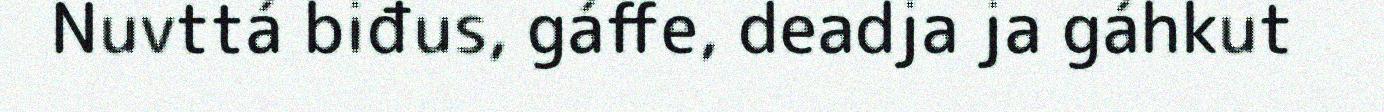
Nuvttá biđus, gáffe, deadja ja gáhkut